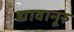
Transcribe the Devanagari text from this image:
द्यावानूरु